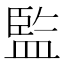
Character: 監